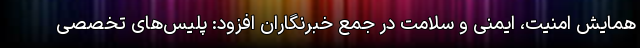
همایش امنیت، ایمنی و سلامت در جمع خبرنگاران افزود: پلیس‌های تخصصی